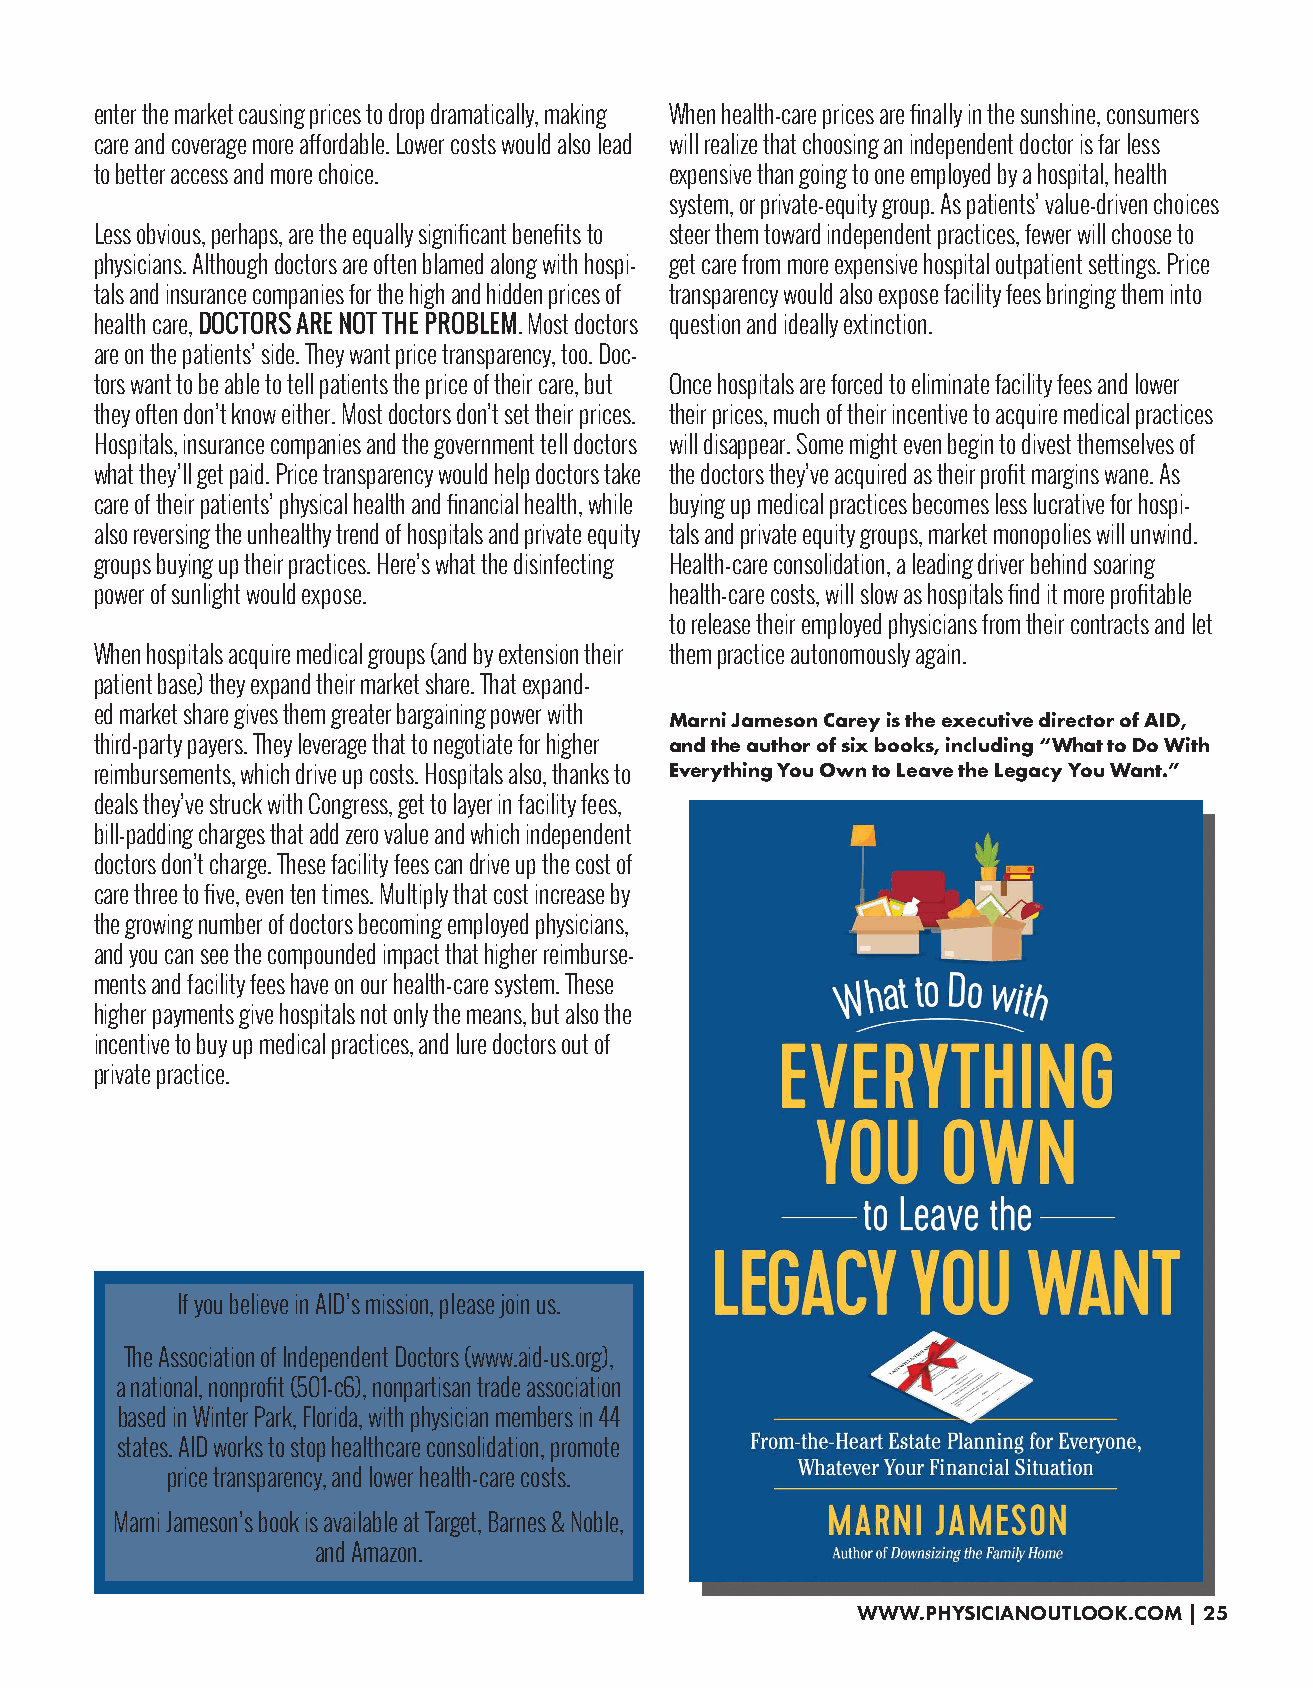
enter the market causing prices to drop dramatically, making When health-care prices are finally in the sunshine, consumers
 care and coverage more affordable. Lower costs would also lead will realize that choosing an independent doctor is far less
 to better access and more choice.     expensive than going to one employed by a hospital, health
 system, or private-equity group. As patients’ value-driven choices
 Less obvious, perhaps, are the equally significant benefits to steer them toward independent practices, fewer will choose to
 physicians. Although doctors are often blamed along with hospi- get care from more expensive hospital outpatient settings. Price
 tals and insurance companies for the high and hidden prices of transparency would also expose facility fees bringing them into
 health care, DOCTORS ARE NOT THE PROBLEM. Most doctors question and ideally extinction.
 are on the patients’ side. They want price transparency, too. Doc-
 tors want to be able to tell patients the price of their care, but Once hospitals are forced to eliminate facility fees and lower
 they often don’t know either. Most doctors don’t set their prices. their prices, much of their incentive to acquire medical practices
 Hospitals, insurance companies and the government tell doctors will disappear. Some might even begin to divest themselves of
 what they’ll get paid. Price transparency would help doctors take the doctors they’ve acquired as their profit margins wane. As
 care of their patients’ physical health and financial health, while buying up medical practices becomes less lucrative for hospi-
 also reversing the unhealthy trend of hospitals and private equity tals and private equity groups, market monopolies will unwind.
 groups buying up their practices. Here’s what the disinfecting Health-care consolidation, a leading driver behind soaring
 power of sunlight would expose.       health-care costs, will slow as hospitals find it more profitable
 to release their employed physicians from their contracts and let
 When hospitals acquire medical groups (and by extension their them practice autonomously again.
 patient base) they expand their market share. That expand-
 ed market share gives them greater bargaining power with Marni Jameson Carey is the executive director of AID,
 third-party payers. They leverage that to negotiate for higher and the author of six books, including “What to Do With
 reimbursements, which drive up costs. Hospitals also, thanks to Everything You Own to Leave the Legacy You Want.”
 deals they’ve struck with Congress, get to layer in facility fees,
 bill-padding charges that add zero value and which independent
 doctors don’t charge. These facility fees can drive up the cost of
 care three to five, even ten times. Multiply that cost increase by
 the growing number of doctors becoming employed physicians,
 and you can see the compounded impact that higher reimburse-
 ments and facility fees have on our health-care system. These
 higher payments give hospitals not only the means, but also the
 incentive to buy up medical practices, and lure doctors out of
 private practice.
 If you believe in AID’s mission, please join us.
 The Association of Independent Doctors (www.aid-us.org),
 a national, nonprofit (501-c6), nonpartisan trade association
 based in Winter Park, Florida, with physician members in 44
 states. AID works to stop healthcare consolidation, promote
 price transparency, and lower health-care costs.
 Marni Jameson’s book is available at Target, Barnes & Noble,
 and Amazon.
 WWW.PHYSICIANOUTLOOK.COM | 25